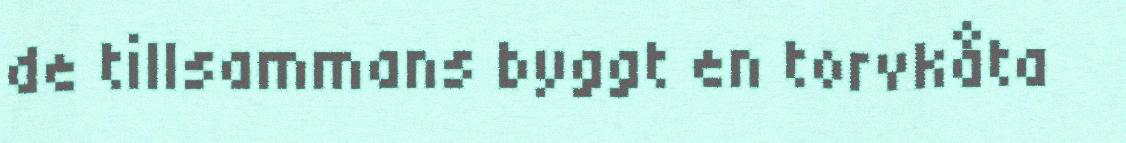
de tillsammans byggt en torvkåta